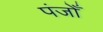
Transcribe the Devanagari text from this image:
पंजोँ